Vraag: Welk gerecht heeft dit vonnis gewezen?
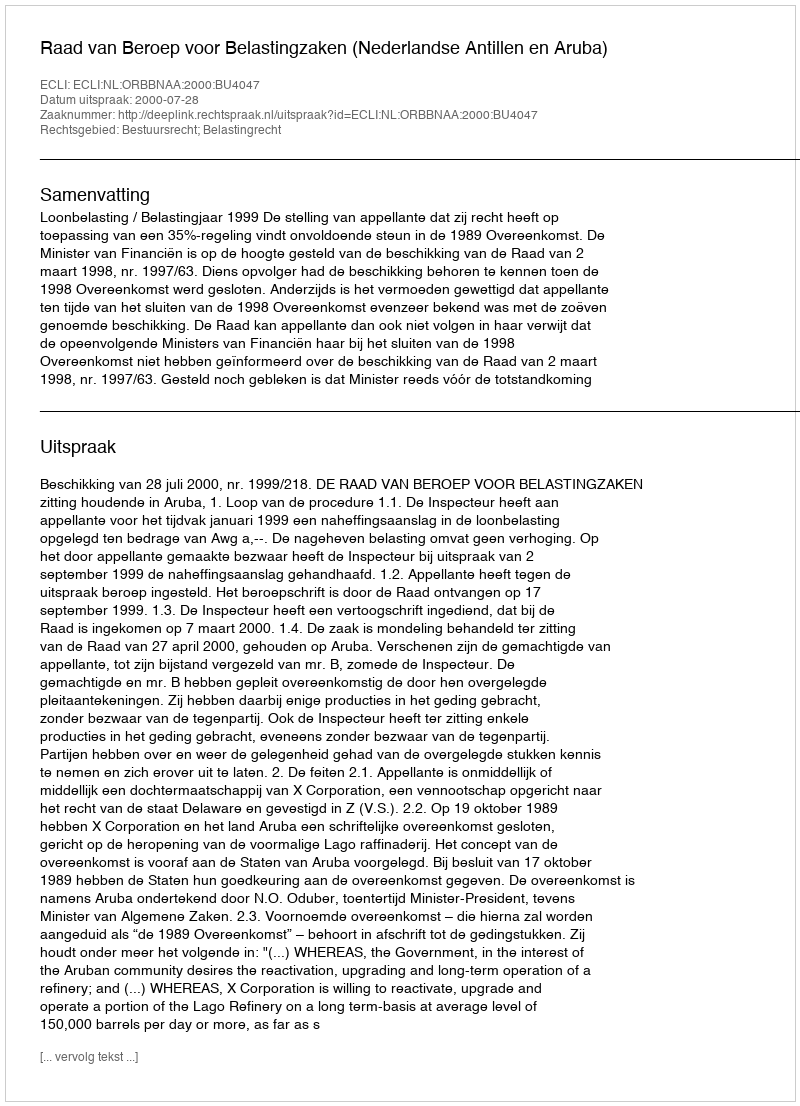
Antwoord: Raad van Beroep voor Belastingzaken (Nederlandse Antillen en Aruba)